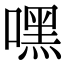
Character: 嘿